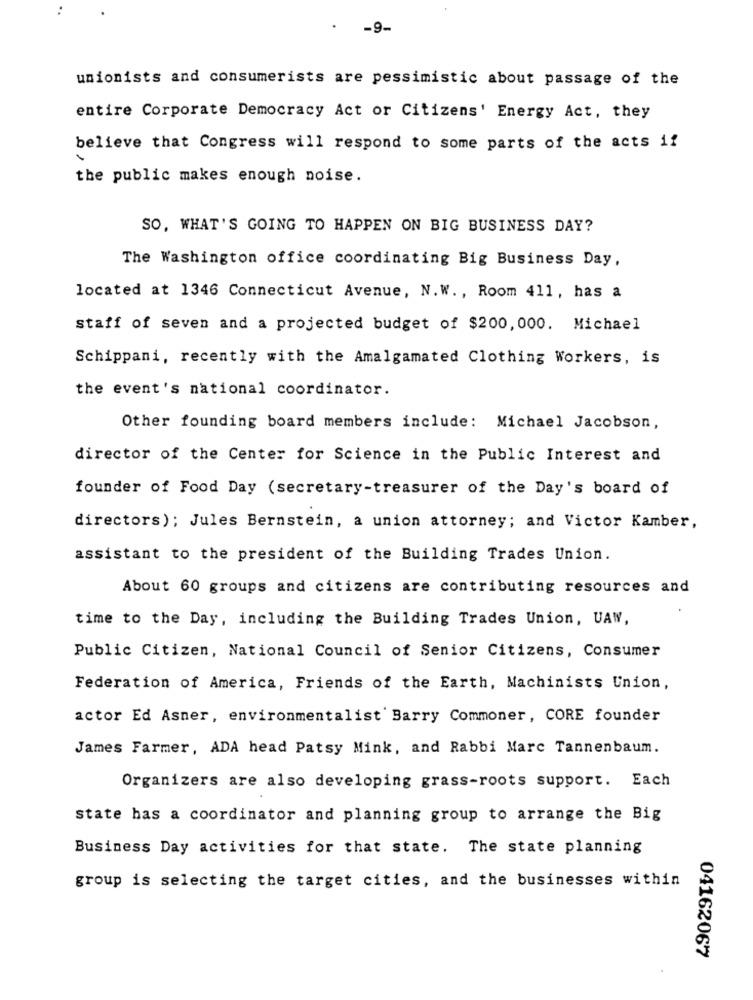
-9-
unionists and consumerists are pessimistic about passage of the
entire Corporate Democracy Act or Citizens' Energy Act, they
believe that Congress will respond to some parts of the acts if
the public makes enough noise.
SO, WHAT'S GOING TO HAPPEN ON BIG BUSINESS DAY?
The Washington office coordinating Big Business Day,
located at 1346 Connecticut Avenue, N.W ., Room 411, has a
staff of seven and a projected budget of $200, 000. Michael
Schippani, recently with the Amalgamated Clothing Workers, is
the event's national coordinator.
Other founding board members include: Michael Jacobson,
director of the Center for Science in the Public Interest and
founder of Food Day (secretary-treasurer of the Day's board of
directors); Jules Bernstein, a union attorney; and Victor Kamber,
assistant to the president of the Building Trades Union.
About 60 groups and citizens are contributing resources and
time to the Day, including the Building Trades Union, UAW,
Public Citizen, National Council of Senior Citizens, Consumer
Federation of America, Friends of the Earth, Machinists Union,
actor Ed Asner, environmentalist Barry Commoner, CORE founder
James Farmer, ADA head Patsy Mink, and Rabbi Marc Tannenbaum.
Organizers are also developing grass-roots support. Each
state has a coordinator and planning group to arrange the Big
Business Day activities for that state. The state planning
group is selecting the target cities, and the businesses within
04162067